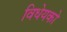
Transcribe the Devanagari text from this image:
विधेयको